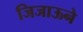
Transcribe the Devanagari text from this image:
जिजाऊने